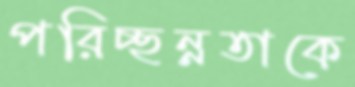
পরিচ্ছন্নতাকে